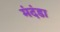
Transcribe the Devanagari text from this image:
मंदंडा